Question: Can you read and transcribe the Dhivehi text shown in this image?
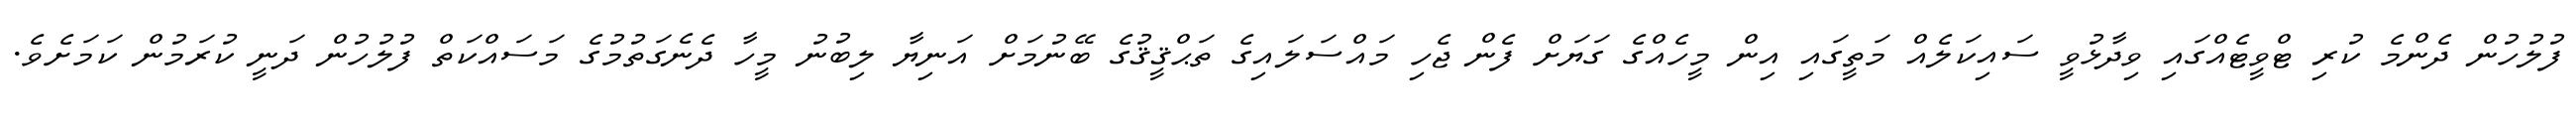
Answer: ފުލުހުން ދެންމެ ކުރި ޓްވީޓެއްގައި ވިދާޅުވީ ސައިކަލެއް މަތީގައި އިން މީހެއްގެ ގަޔަށް ފެން ޖެހި މައްސަލައިގެ ތަޙްޤީޤުގެ ބޭނުމަށް އަނިޔާ ލިބުނު މީހާ ދެނެގަތުމުގެ މަސައްކަތް ފުލުހުން ދަނީ ކުރަމުން ކަމަށެވެ.